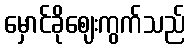
မှောင်ခိုဈေးကွက်သည်